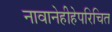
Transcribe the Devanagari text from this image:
नावानेहीहेपरिचित